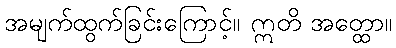
အမျက်ထွက်ခြင်းကြောင့်။ ဣတိ အတ္ထော။